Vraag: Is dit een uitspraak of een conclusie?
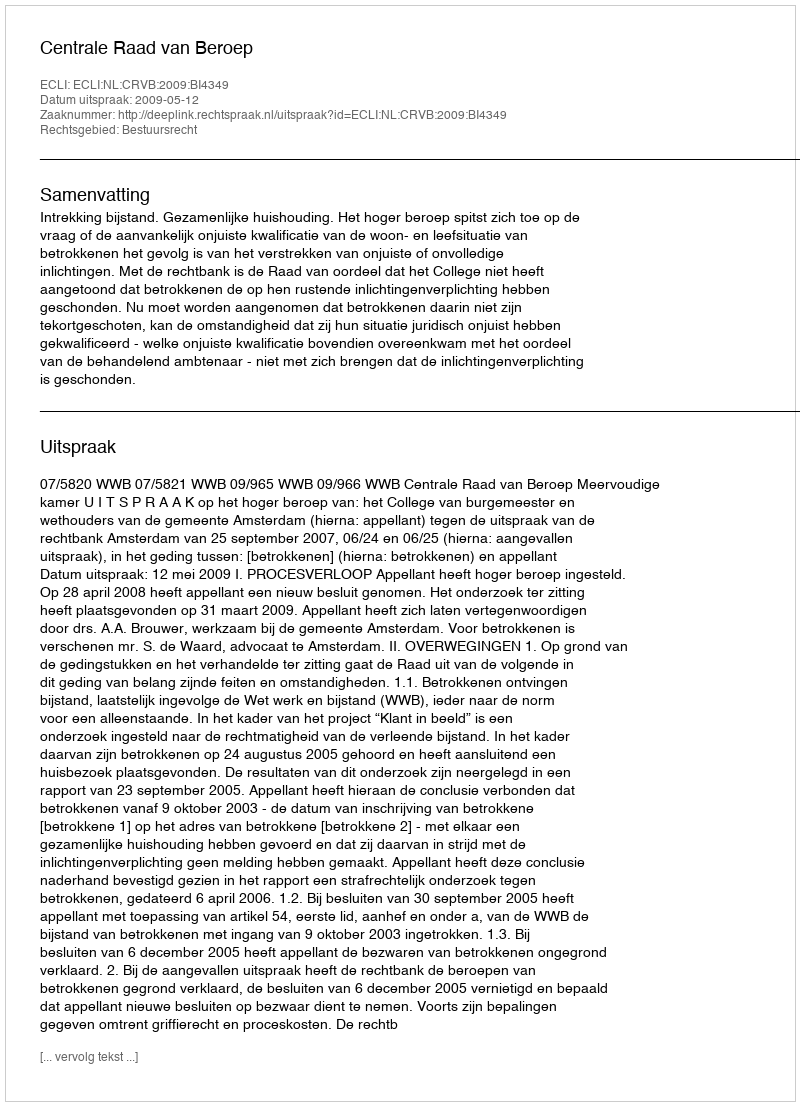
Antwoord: Uitspraak